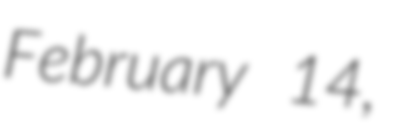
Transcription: February 14,